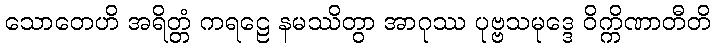
သောတေဟိ အရိတ္တံ ကရဠေ နမဿိတွာ အာဂုဿ ပုဗ္ဗသမုဒ္ဒေ ဝိက္ကိဏာတီတိ